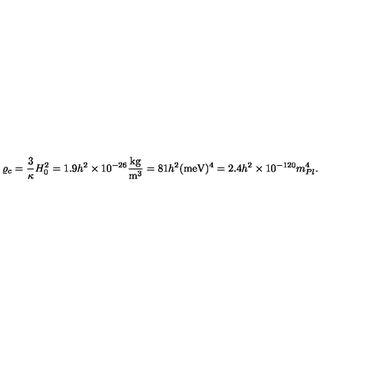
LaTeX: \varrho _ { c } = \frac { 3 } { \kappa } H _ { 0 } ^ { 2 } = 1 . 9 h ^ { 2 } \times 1 0 ^ { - 2 6 } \frac { \mathrm { k g } } { \mathrm { m } ^ { 3 } } = 8 1 h ^ { 2 } ( \mathrm { m e V } ) ^ { 4 } = 2 . 4 h ^ { 2 } \times 1 0 ^ { - 1 2 0 } m _ { P l } ^ { 4 } .